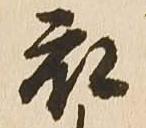
衣